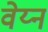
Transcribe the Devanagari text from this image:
वेय्न